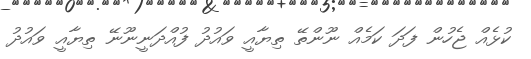
ކުޅެއް ޖެހުން ފަދަ ކަމެއް ނޫންތޭ ތިޔާއީ ވައުދު ފުއްދަނީނޫނޭ ތިޔާއީ ވައުދު